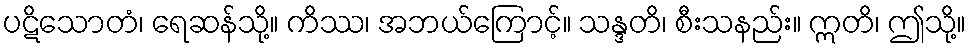
ပဋိသောတံ၊ ရေဆန်သို့။ ကိဿ၊ အဘယ်ကြောင့်။ သန္ဒတိ၊ စီးသနည်း။ ဣတိ၊ ဤသို့။